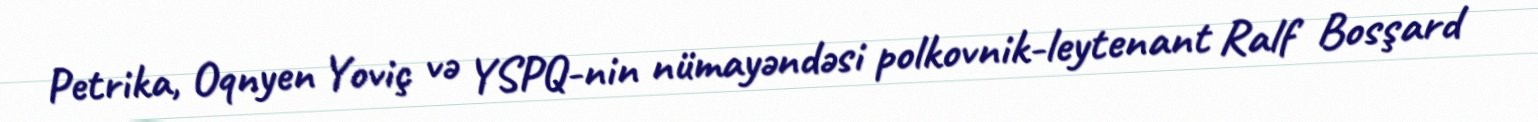
Petrika, Oqnyen Yoviç və YSPQ-nin nümayəndəsi polkovnik-leytenant Ralf Bosşard